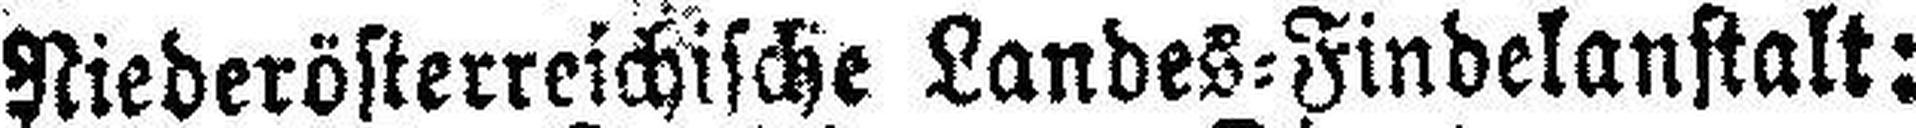
Niederösterreichische Landes=Findelanstalt: